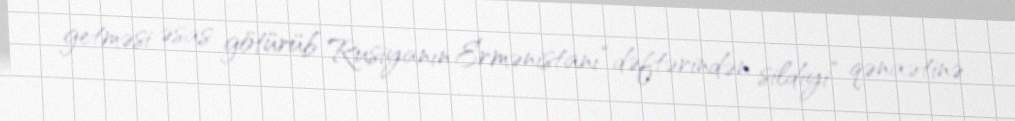
getməsi əsas götürüb Rusiyanın Ermənistanı “dəftərindən sildiyi” qənaətinə